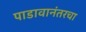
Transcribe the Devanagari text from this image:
पाडावानंतरचा